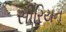
સીરિયન